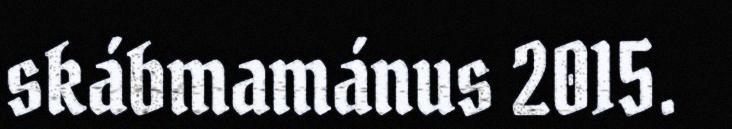
skábmamánus 2015.